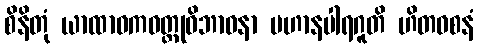
စိနိတုံ ယာထာဝကဝတ္ထုဝိဘာဝနာ ပဟာနပါရဂူတိ ဟိတဝစနံ